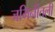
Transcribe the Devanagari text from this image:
जमिनीतली